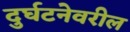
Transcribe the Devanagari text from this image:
दुर्घटनेवरील